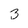
Character: 3